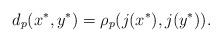
LaTeX: \begin{align*}d_p(x^*,y^*)=\rho_p(j(x^*),j(y^*)).\end{align*}